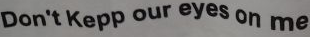
Don't Kepp our eyes on me